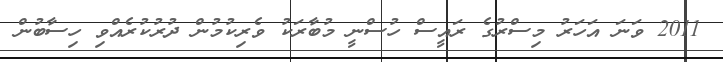
2011 ވަނަ އަހަރު މިސްރުގެ ރައީސް ހުސްނީ މުބާރަކު ވެރިކުމުން ދުރުކުރެއްވި ހިސާބުން